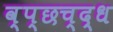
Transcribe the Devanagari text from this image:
व्प्छच्द्ध